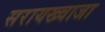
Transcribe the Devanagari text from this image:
सरायख्वाजा